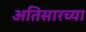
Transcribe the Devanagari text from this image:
अतिसारच्या